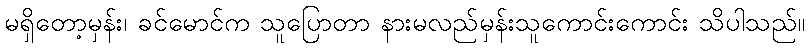
မရှိတော့မှန်း၊ ခင်မောင်က သူပြောတာ နားမလည်မှန်းသူကောင်းကောင်း သိပါသည်။